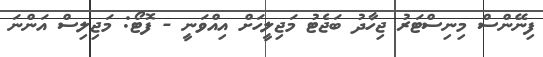
ފިނޭންސް މިނިސްޓަރު ޖިހާދު ބަޖެޓު މަޖިލީހަށް އިއްވަނީ - ފޮޓޯ: މަޖިލިސް އަންނަ